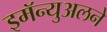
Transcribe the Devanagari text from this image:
इमॅन्युअलने